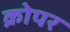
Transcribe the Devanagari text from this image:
क्रोपर